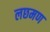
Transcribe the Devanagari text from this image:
लछमण